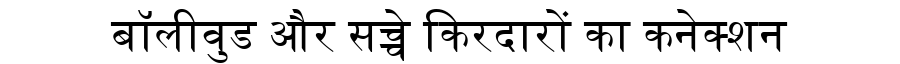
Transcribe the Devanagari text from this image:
बॉलीवुड और सच्चे किरदारों का कनेक्शन